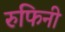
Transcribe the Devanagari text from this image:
रुफिनी